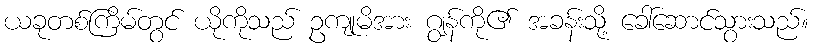
ယခုတစ်ကြိမ်တွင် ယိုကိုသည် ဥကျုမိအား ဂျွန်ကို၏ အခန်းသို့ ခေါ်ဆောင်သွားသည်။